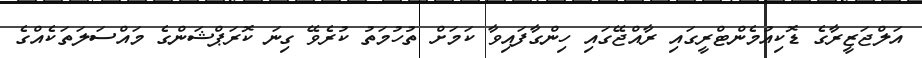
އަލްޖަޒީރާގެ ޑޮކިއުމެންޓްރީގައި ރާއްޖޭގައި ހިންގާފައިވާ ކަމަށް ތުހުމަތު ކުރެވޭ ގިނަ ކޮރަޕްޝަންގެ މައްސަލަތަކެއްގެ